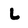
Character: L